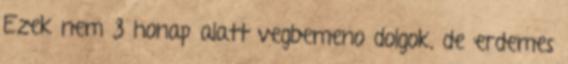
Ezek nem 3 honap alatt vegbemeno dolgok, de erdemes